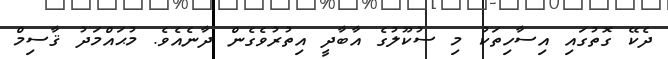
ދެކޭ ގޮތުގައި އިސާހިތަކު މި ސުކޫލުގެ އާބާދީ އިތުރުވެގެން ދާނެއެވެ. މުޙައްމަދު ޤާސިމް